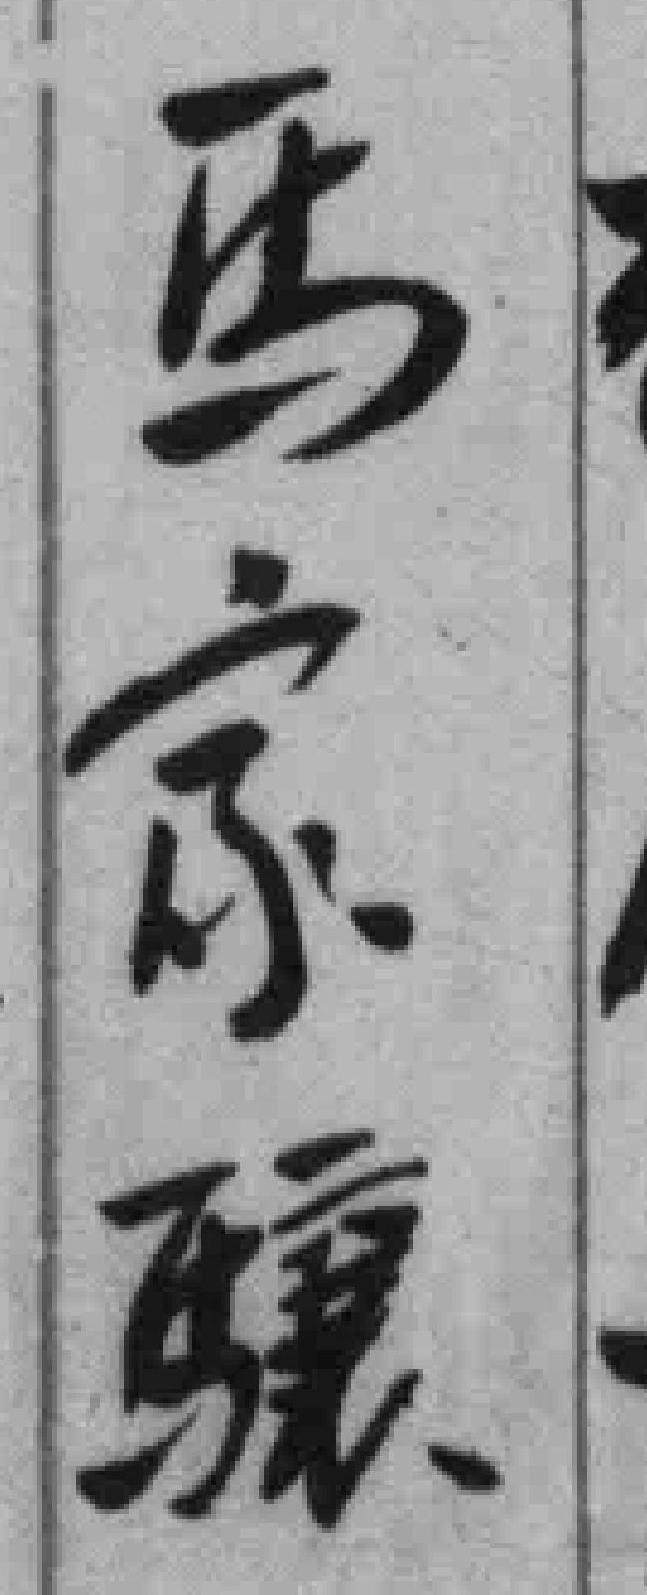
馬家驤